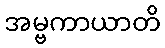
အမ္ဗကာယာတိ